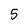
Character: 5